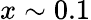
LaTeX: x\sim 0.1